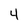
Character: 4